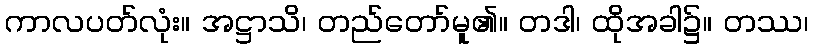
ကာလပတ်လုံး။ အဋ္ဌာသိ၊ တည်တော်မူ၏။ တဒါ၊ ထိုအခါ၌။ တဿ၊